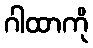
ဂါထာကို